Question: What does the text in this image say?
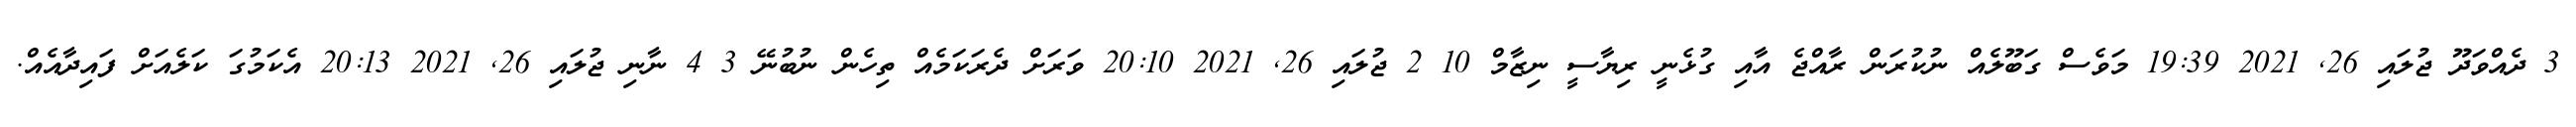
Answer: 3 ދެއްވަދޫ ޖުލައި 26, 2021 19:39 މަވެސް ގަބޫލެއް ނުކުރަން ރާއްޖެ އާއި ގުޅެނީ ރިޔާސީ ނިޒާމް 10 2 ޖުލައި 26, 2021 20:10 ވަރަށް ދެރަކަމެއް ތިހެން ނުބުނޭ 3 4 ނާނި ޖުލައި 26, 2021 20:13 އެކަމުގަ ކަލެއަށް ފައިދާއެއް.